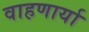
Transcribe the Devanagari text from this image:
वाहणार्या